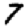
Digit: 7